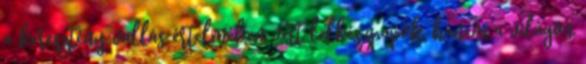
a keresztény vallás értelmében vett lelkészpapok, hanem a világon